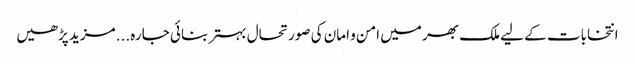
انتخابات کے لیے ملک بھر میں امن و امان کی صورتحال بہتر بنائی جا رہ... مزید پڑھیں